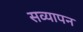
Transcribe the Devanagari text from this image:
सव्यापन